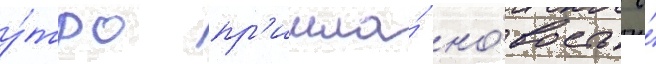
у́тро пр'ишла́ но́вость о́